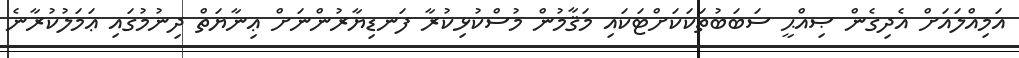
އަމިއްލައަށް އެދިގެން ޞިއްޙީ ސަބަބުތަކަކަށްޓަކައި މަޤާމުން މުސްކުޅިކުރާ ފަނޑިޔާރުންނަށް ޢިނާޔަތް ދިނުމުގައި ޢަމަލުކުރާނެ